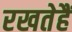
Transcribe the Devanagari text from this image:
रखतेहैं